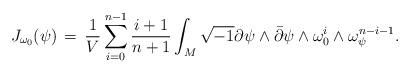
LaTeX: \begin{align*}J_{\omega_0}(\psi)\,=\,\frac{1}{V}\sum_{i=0}^{n-1}\frac{i+1}{n+1}\int_M\sqrt{-1}\partial\psi\wedge\bar\partial\psi\wedge\omega_0^{i}\wedge\omega_{\psi}^{n-i-1}.\end{align*}